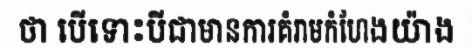
ថា បើទោះបីជាមានការគំរាមកំហែងយ៉ាង